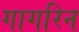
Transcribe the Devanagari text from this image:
गागरिन